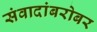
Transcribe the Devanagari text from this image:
संवादांबरोबर